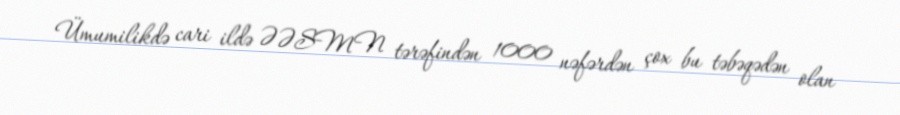
Ümumilikdə cari ildə ƏƏSMN tərəfindən 1000 nəfərdən çox bu təbəqədən olan